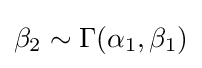
\beta _{2}\sim \Gamma (\alpha _{1},\beta _{1})